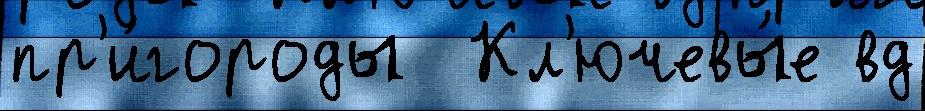
пр'и́городы  Кл'ючевы́е вд